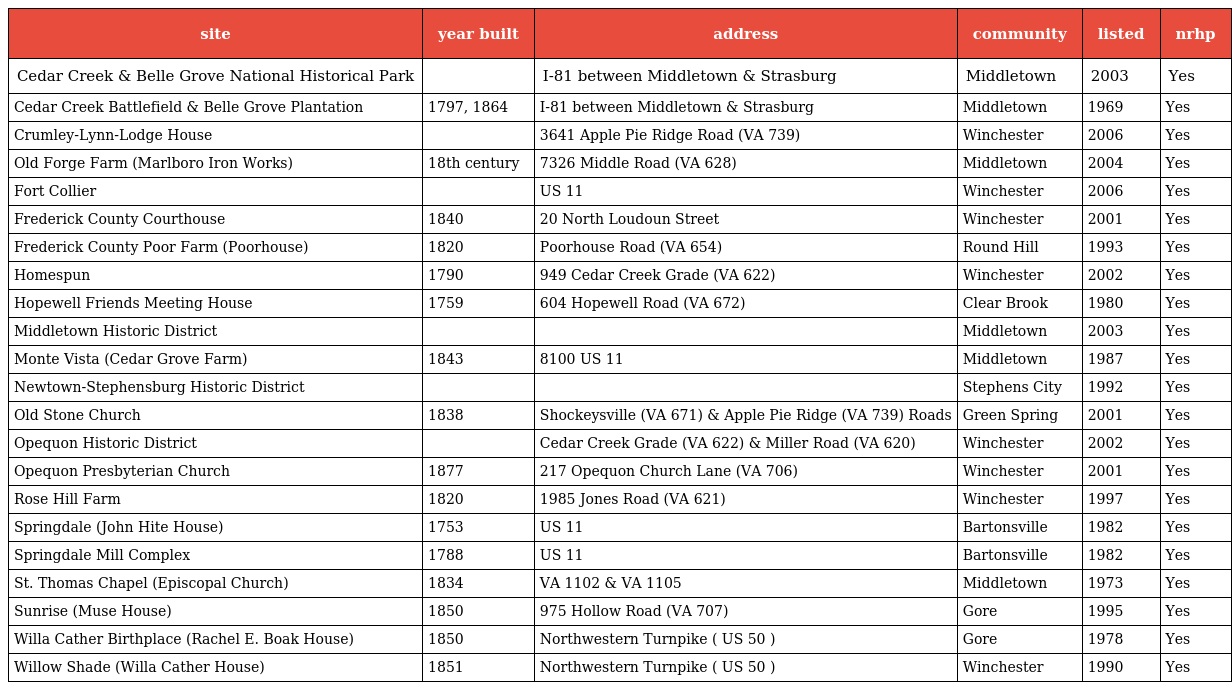
| site | year built | address | community | listed | nrhp |
 | --- | --- | --- | --- | --- | --- |
 | Cedar Creek & Belle Grove National Historical Park |  | I-81 between Middletown & Strasburg | Middletown | 2003 | Yes |
 | Cedar Creek Battlefield & Belle Grove Plantation | 1797, 1864 | I-81 between Middletown & Strasburg | Middletown | 1969 | Yes |
 | Crumley-Lynn-Lodge House |  | 3641 Apple Pie Ridge Road (VA 739) | Winchester | 2006 | Yes |
 | Old Forge Farm (Marlboro Iron Works) | 18th century | 7326 Middle Road (VA 628) | Middletown | 2004 | Yes |
 | Fort Collier |  | US 11 | Winchester | 2006 | Yes |
 | Frederick County Courthouse | 1840 | 20 North Loudoun Street | Winchester | 2001 | Yes |
 | Frederick County Poor Farm (Poorhouse) | 1820 | Poorhouse Road (VA 654) | Round Hill | 1993 | Yes |
 | Homespun | 1790 | 949 Cedar Creek Grade (VA 622) | Winchester | 2002 | Yes |
 | Hopewell Friends Meeting House | 1759 | 604 Hopewell Road (VA 672) | Clear Brook | 1980 | Yes |
 | Middletown Historic District |  |  | Middletown | 2003 | Yes |
 | Monte Vista (Cedar Grove Farm) | 1843 | 8100 US 11 | Middletown | 1987 | Yes |
 | Newtown-Stephensburg Historic District |  |  | Stephens City | 1992 | Yes |
 | Old Stone Church | 1838 | Shockeysville (VA 671) & Apple Pie Ridge (VA 739) Roads | Green Spring | 2001 | Yes |
 | Opequon Historic District |  | Cedar Creek Grade (VA 622) & Miller Road (VA 620) | Winchester | 2002 | Yes |
 | Opequon Presbyterian Church | 1877 | 217 Opequon Church Lane (VA 706) | Winchester | 2001 | Yes |
 | Rose Hill Farm | 1820 | 1985 Jones Road (VA 621) | Winchester | 1997 | Yes |
 | Springdale (John Hite House) | 1753 | US 11 | Bartonsville | 1982 | Yes |
 | Springdale Mill Complex | 1788 | US 11 | Bartonsville | 1982 | Yes |
 | St. Thomas Chapel (Episcopal Church) | 1834 | VA 1102 & VA 1105 | Middletown | 1973 | Yes |
 | Sunrise (Muse House) | 1850 | 975 Hollow Road (VA 707) | Gore | 1995 | Yes |
 | Willa Cather Birthplace (Rachel E. Boak House) | 1850 | Northwestern Turnpike ( US 50 ) | Gore | 1978 | Yes |
 | Willow Shade (Willa Cather House) | 1851 | Northwestern Turnpike ( US 50 ) | Winchester | 1990 | Yes |